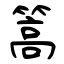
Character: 篙